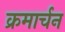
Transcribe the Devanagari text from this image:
क्रमार्चन